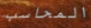
المحاسب